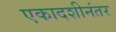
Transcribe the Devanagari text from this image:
एकादशीनंतर